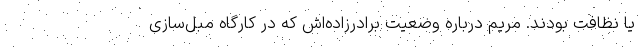
یا نظافت بودند. مریم درباره وضعیت برادرزاده‌اش که در کارگاه مبل‌سازی